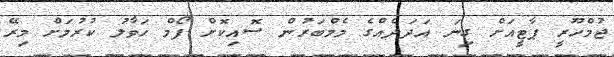
ޖުމްހޫރީ ޕާޓީއަށް ގިނަ އަދަދެއްގެ މެމްބަރުން ސޮއިކޮށް ފޯމް ހަވާލު ކުރުމަށް މިރޭ